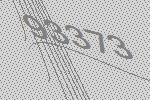
93373